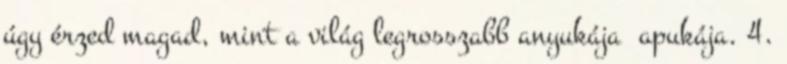
úgy érzed magad, mint a világ legrosszabb anyukája apukája. 4.